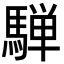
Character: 騨